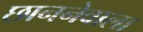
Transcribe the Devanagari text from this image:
छाननेवाला